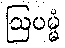
ဩပမ္မံ